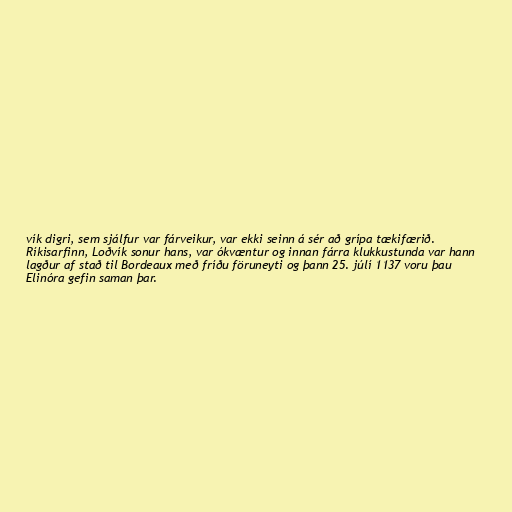
vík digri, sem sjálfur var fárveikur, var ekki seinn á sér að grípa tækifærið.
Ríkisarfinn, Loðvík sonur hans, var ókvæntur og innan fárra klukkustunda var hann
lagður af stað til Bordeaux með fríðu föruneyti og þann 25. júlí 1137 voru þau
Elinóra gefin saman þar.